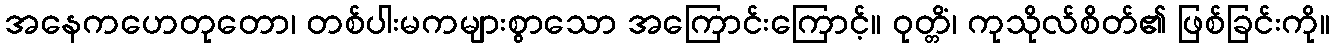
အနေကဟေတုတော၊ တစ်ပါးမကများစွာသော အကြောင်းကြောင့်။ ဝုတ္တိံ၊ ကုသိုလ်စိတ်၏ ဖြစ်ခြင်းကို။